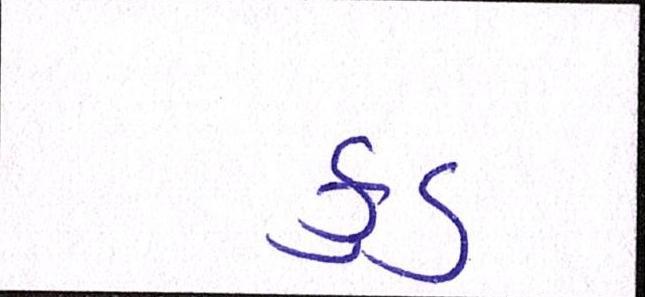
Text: ફુડ